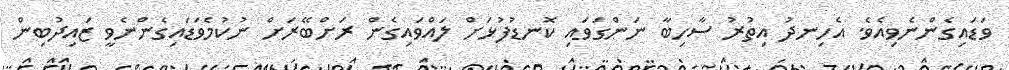
ވަޑައިގެންނެވިއެވެ. އެހިނދު އިތުރު ސާހިބާ ނަންގަވައި ކޮނޑުފުޅަށް ލައްވައިގެން ރަށްބޭރަށް ނުކުމެވަޑައިގެންނެވީ ޒައިދުބިން